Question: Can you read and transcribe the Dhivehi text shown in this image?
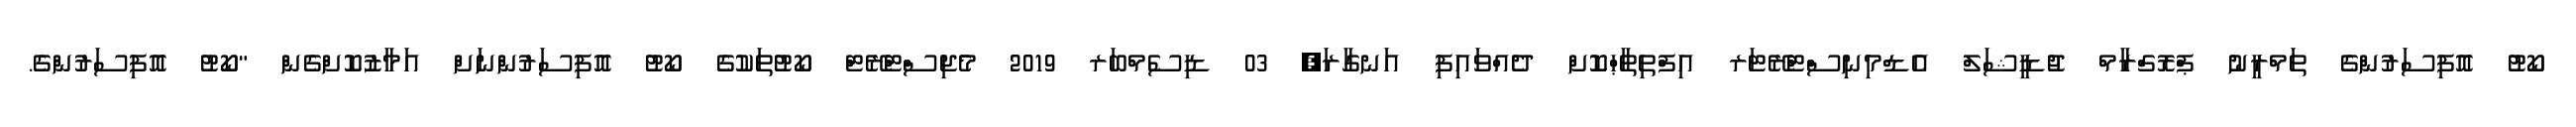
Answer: ކޯޓު އޮފިސަރުންގެ ތަމްރީނު ޕްރޮގްރާމް ޖުޑީޝަލް އެޑްމިނިސްޓްރޭޓަރ އިފްތިތާޙްކޮށް ދެއްވައިފި އަނގާރަ, 03 ޑިސެމްބަރ 2019 މެޖިސްޓްރޭޓް ކޯޓުތަކުގެ ކޯޓު އޮފިސަރުންނަށް އަމާޒުކޮށްގެން "ކޯޓު އޮފިސަރުންގެ.